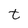
Character: t